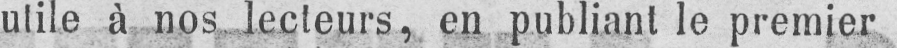
utile à nos lecteurs, en publiant le premier